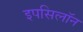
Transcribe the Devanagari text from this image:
इपसिलॉन